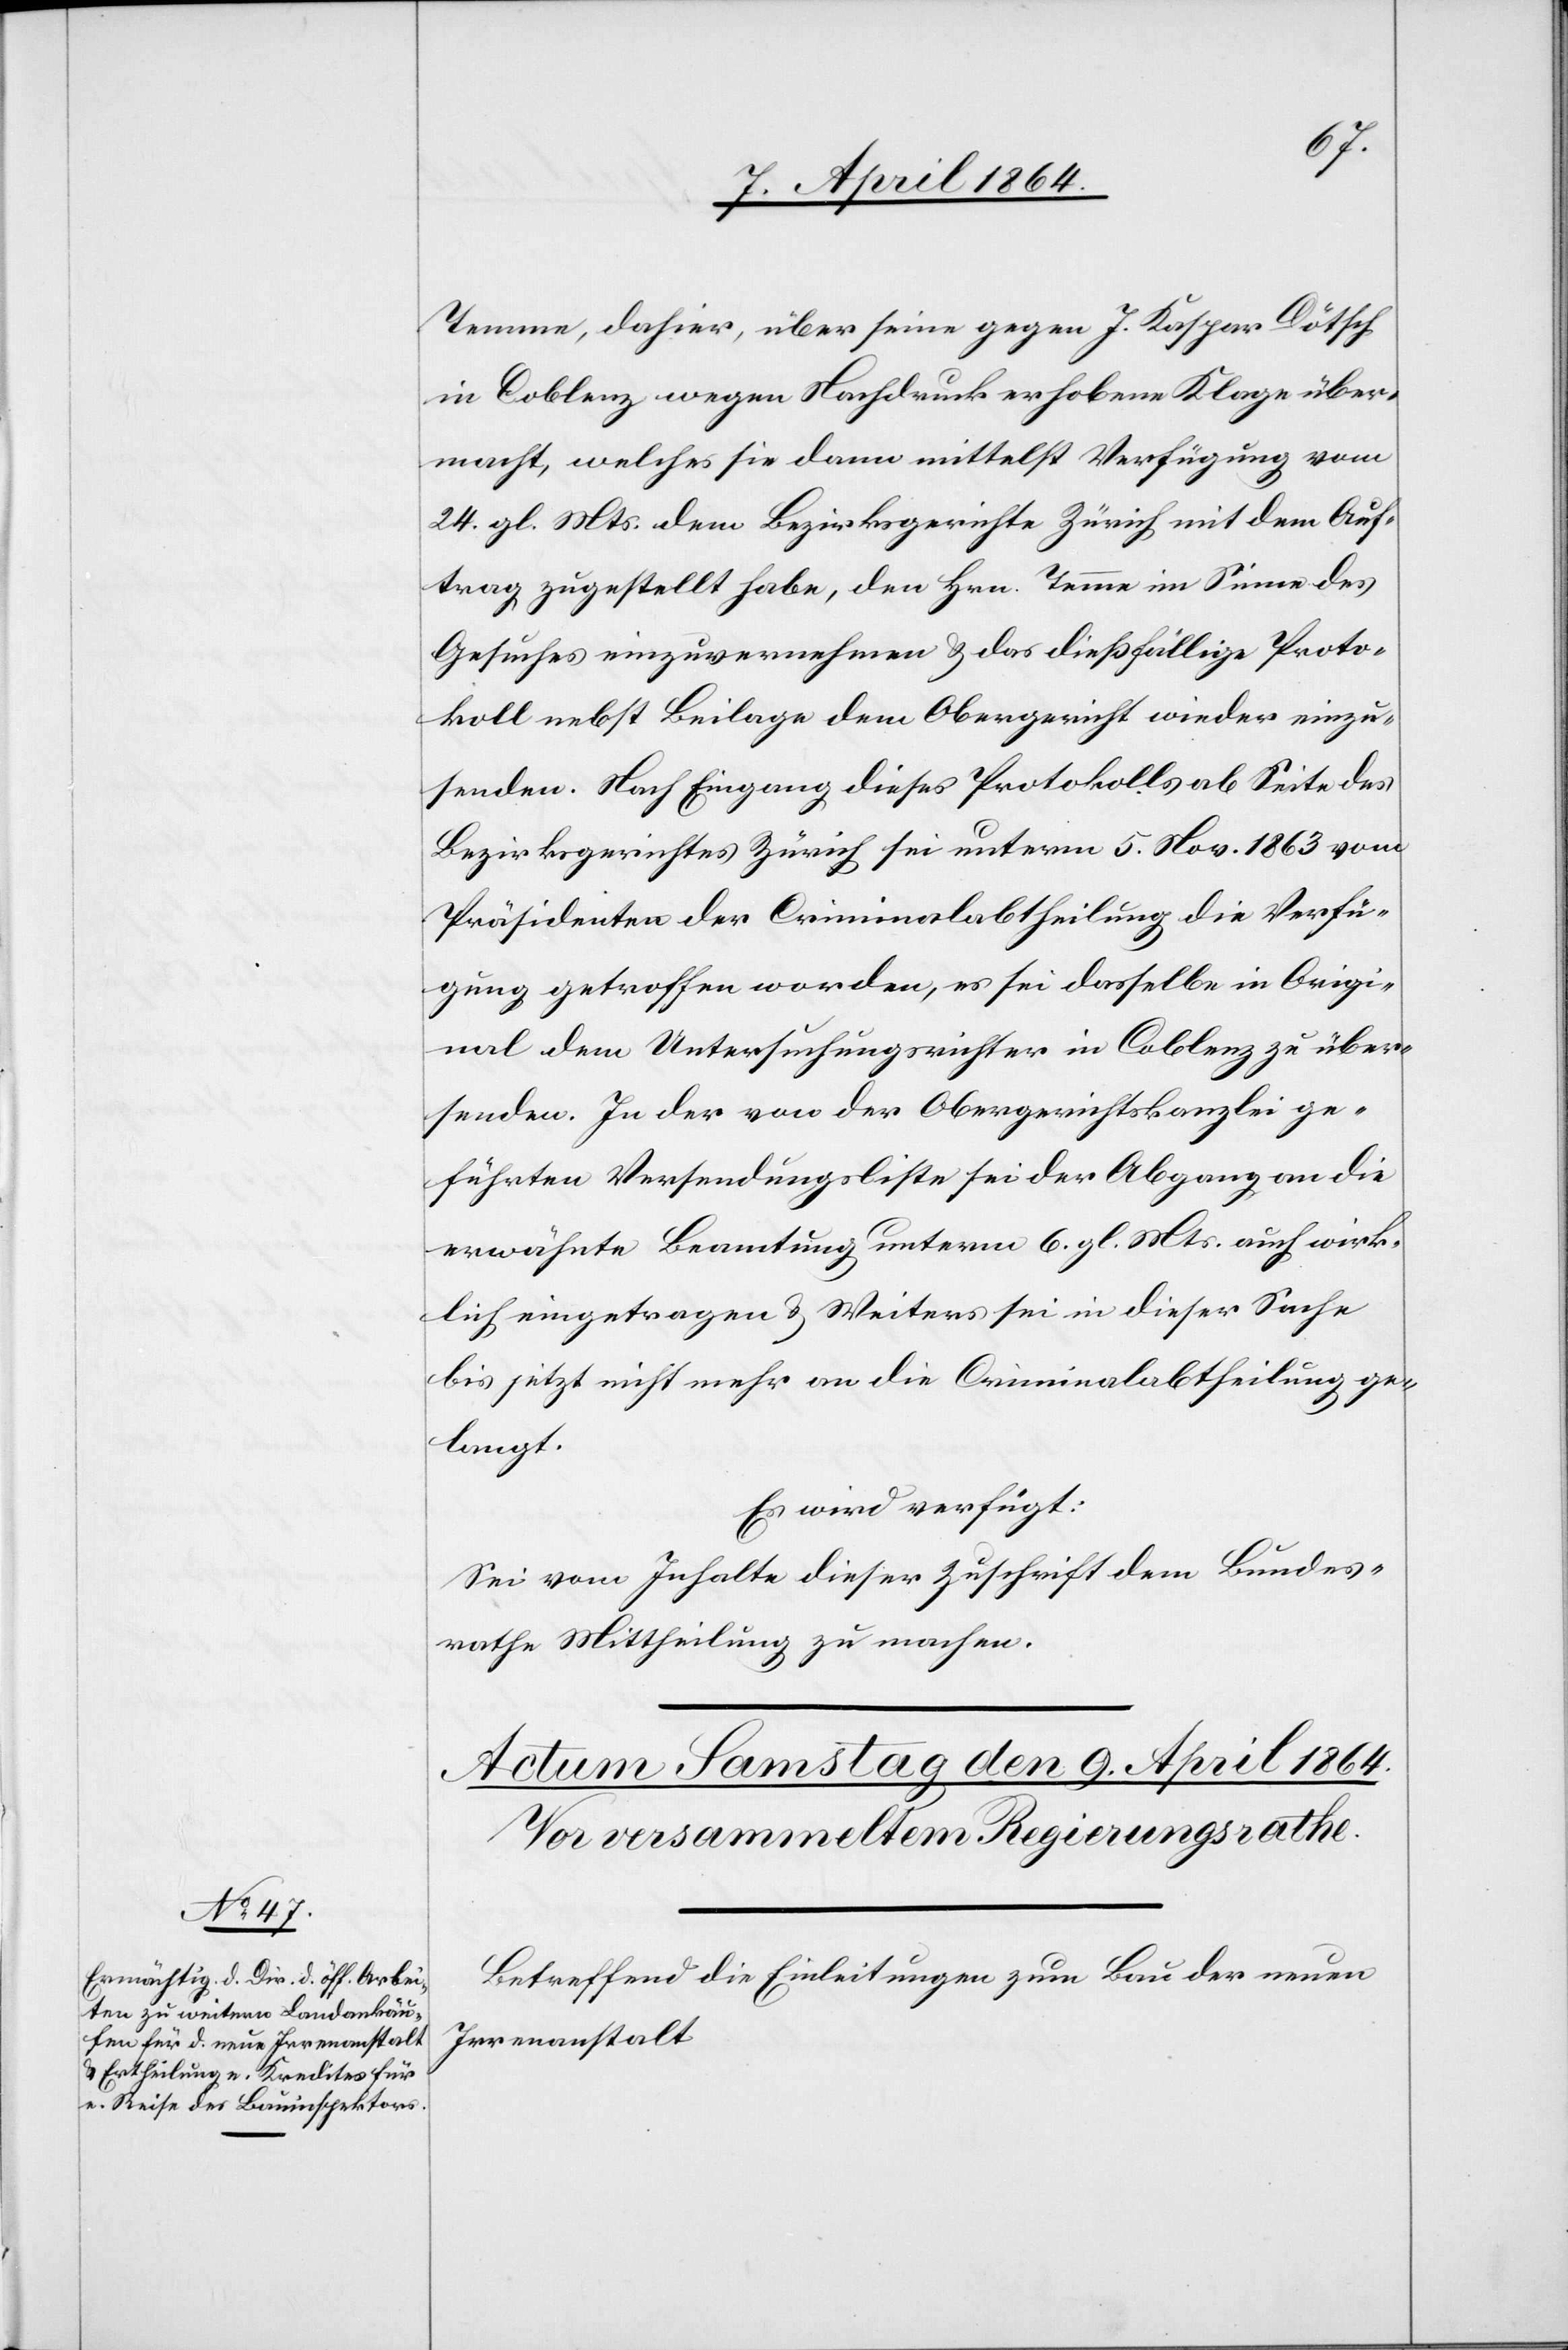
Temme, dahier, über seine gegen J. Kaspar Dötsch
in Coblenz wegen Nachdruck erhobene Klage über¬
macht, welches sie dann mittelst Verfügung vom
24. gl. Mts. dem Bezirksgerichte Zürich mit dem Auf¬
trag zugestellt habe, den Hrn. Temme im Sinne des
Gesuches einzuvernehmen u. das dießfällige Proto¬
koll nebst Beilage dem Obergericht wieder einzu¬
senden. Nach Eingang dieses Protokolls ab Seite des
Bezirksgerichtes Zürich sei unterm 5. Nov. 1863 vom
Präsidenten der Criminalabtheilung die Verfü¬
gung getroffen worden, es sei dasselbe in Origi¬
nal dem Untersuchungsrichter in Coblenz zu über¬
senden. In der von der Obergerichtskanzlei ge¬
führten Versendungsbitte sei der Abgang an die
erwähnte Beamtung unterm 6. gl. Mts. auch wirk¬
lich eingetragen u. Weiters sei in dieser Sache
bis jetzt nicht mehr an die Criminalabtheilung ge¬
langt.
Es wird verfügt:
Sei vom Inhalte dieser Zuschrift dem Bundes¬
rathe Mittheilung zu machen.
Betreffend die Einleitung zum Bau der neuen
Irrenanstalt